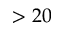
> 2 0